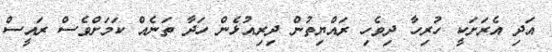
އަދި އެރަށަކީ ހުރިހާ ދިވެހި ރައްޔިތުން ދިރިއުޅެން ހަދާ ތަނެއް ކަމަށްވެސް ރައީސް